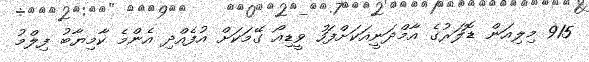
915 މިލިއަން ޑޮލަރުގެ އާމްދަނީއަކަށްފަހު ވީޑިއޯ ގޭމަކަށް އުފެއްދި އެންމެ ކާމިޔާބު ފިލްމު